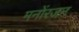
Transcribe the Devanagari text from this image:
मनोंरजन